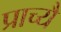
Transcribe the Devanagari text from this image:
प्राच्यै